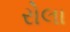
રોલા